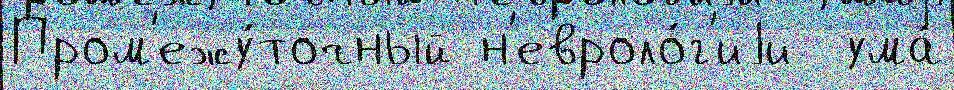
Пром'ежу́точный н'евроло́г'иjи  ума́